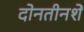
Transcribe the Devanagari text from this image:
दोनतीनशें